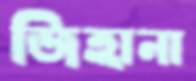
জিহানা